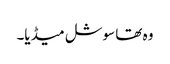
وہ تھا سوشل میڈیا۔